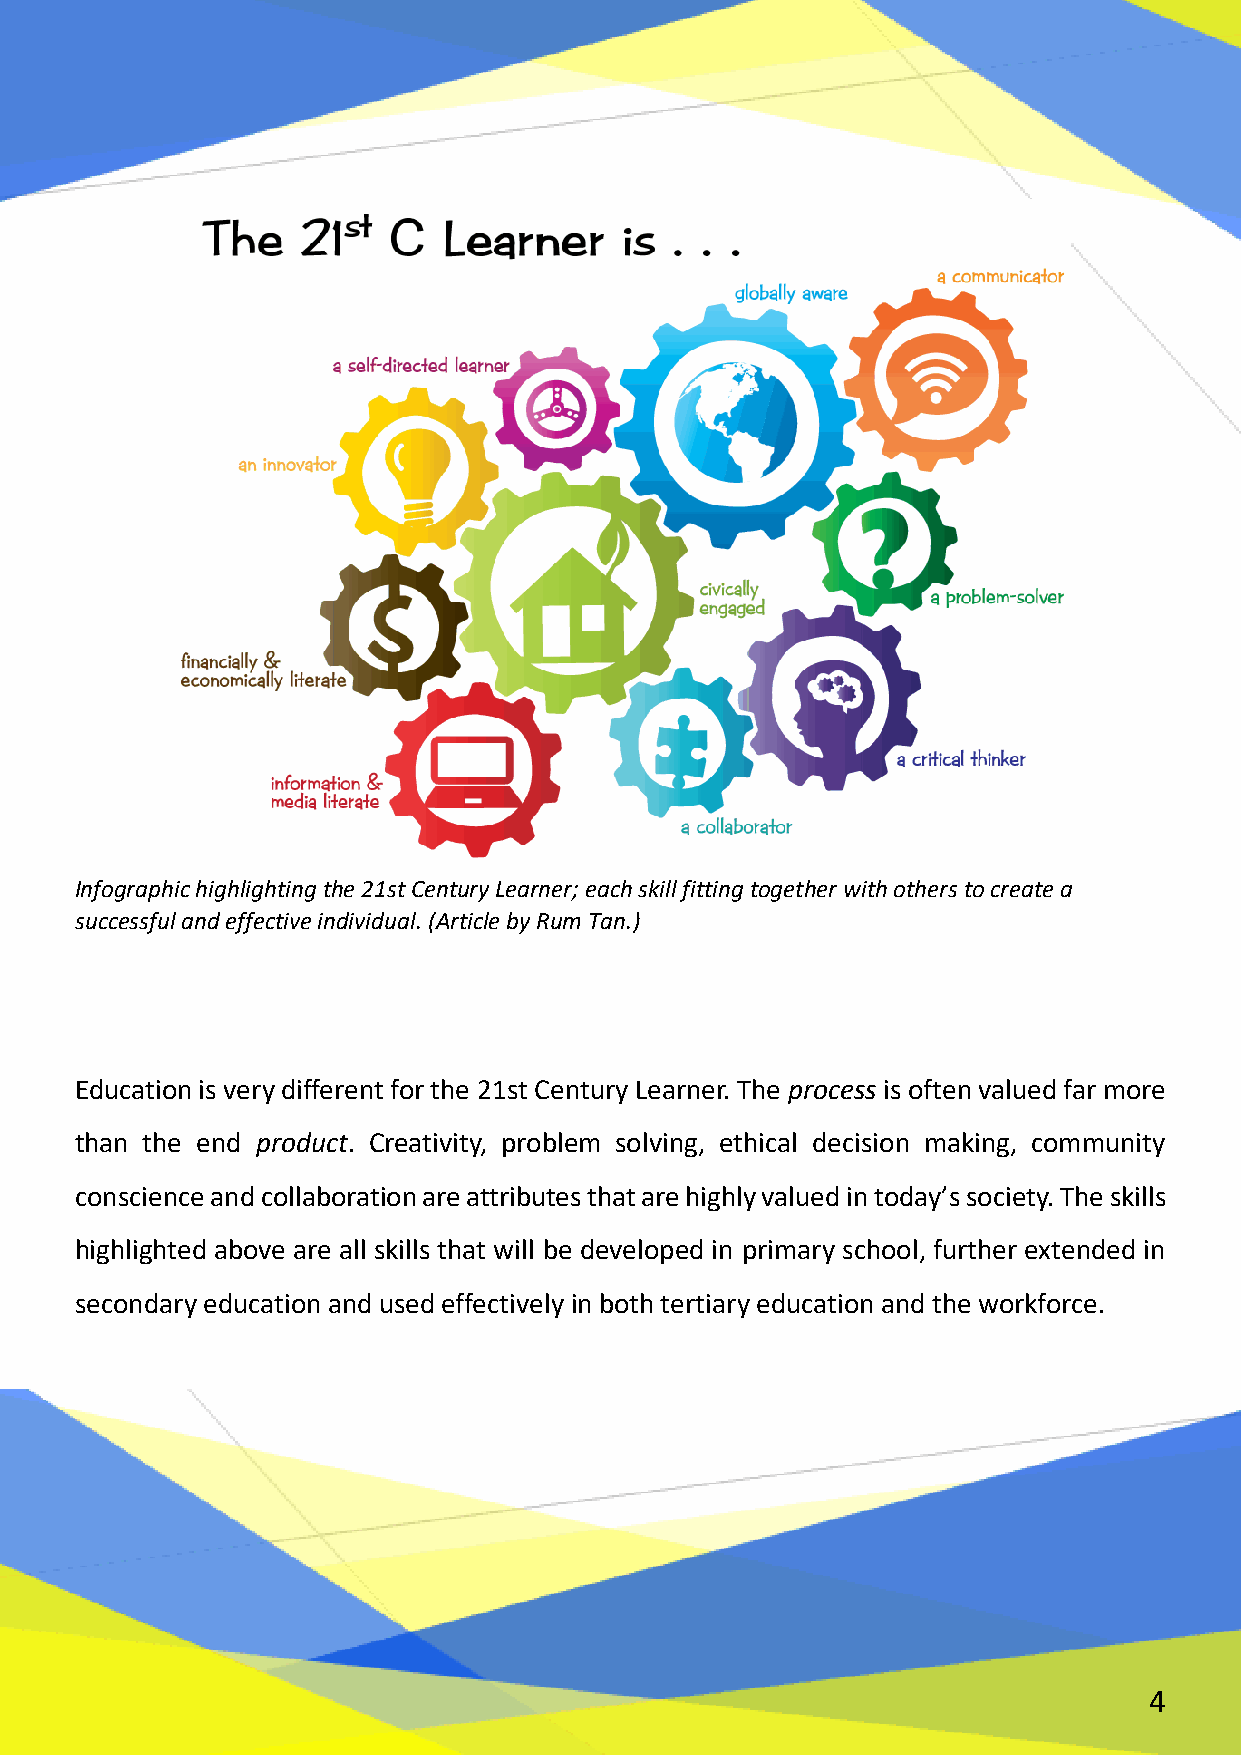
Infographic highlighting the 21st Century Learner; each skill fitting together with others to create a
 successful and effective individual. (Article by Rum Tan.)
 Education is very different for the 21st Century Learner. The process is often valued far more
 than the end product. Creativity, problem solving, ethical decision making, community
 conscience and collaboration are attributes that are highly valued in today’s society. The skills
 highlighted above are all skills that will be developed in primary school, further extended in
 secondary education and used effectively in both tertiary education and the workforce.
 4